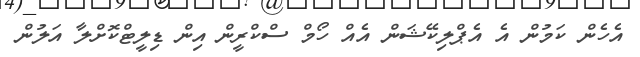
އެހެން ކަމުން އެ އެޕްލިކޭޝަން އެއް ހޯމް ސްކްރީން އިން ޑިލީޓްކޮށްލާ އަލުން